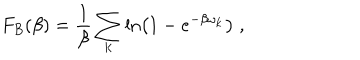
F _ { B } ( \beta ) = \frac { 1 } { \beta } \sum _ { \bf k } \ln \left( 1 - e ^ { - \beta \omega _ { \bf k } } \right) \; ,